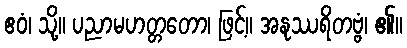
ဧဝံ၊ သို့။ ပညာမဟတ္တတော၊ ဖြင့်။ အနုဿရိတဗ္ဗံ၊ ၏။